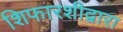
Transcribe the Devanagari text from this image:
शिफारशीद्वारा